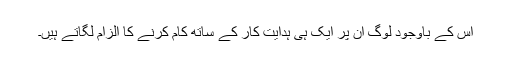
اس کے باوجود لوگ ان پر ایک ہی ہدایت کار کے ساتھ کام کرنے کا الزام لگاتے ہیں۔